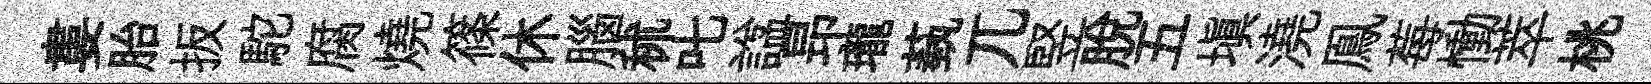
婁胎扳駝腐燒篠休腦秫叱諡昻瓏蓺兀竪脫五塡澆鳯莓慟萃桃